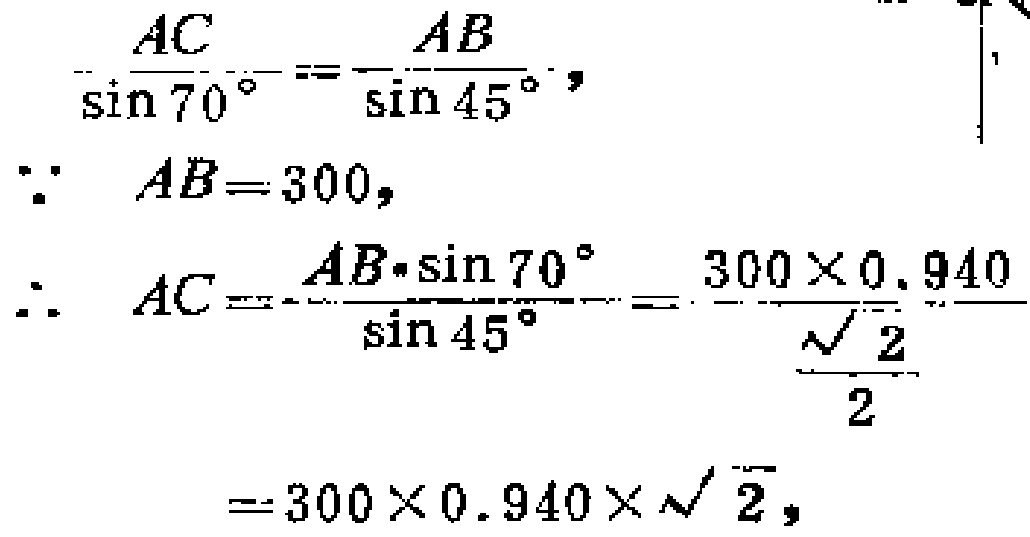
\[
\begin{align*}
\frac{AC}{\sin 70^{\circ}}&=\frac{AB}{\sin 45^{\circ}},\\
\because\ AB& = 300,\\
\therefore\ AC&=\frac{AB\cdot\sin 70^{\circ}}{\sin 45^{\circ}}=\frac{300\times0.940}{\frac{\sqrt{2}}{2}}\\
&=300\times0.940\times\sqrt{2},
\end{align*}
\]